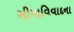
સીમાવિવાદના